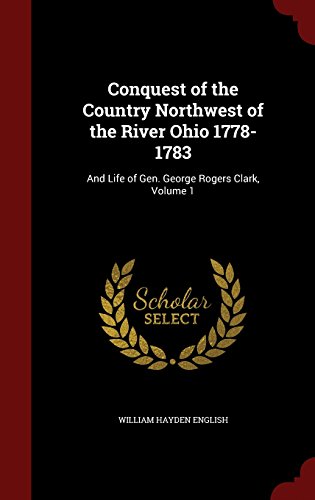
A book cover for Conquest of the Country Northwest of the River Ohio 1778-1783: And Life of Gen. George Rogers Clark, Volume 1; William Hayden English; Biographies & Memoirs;